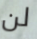
لن